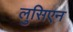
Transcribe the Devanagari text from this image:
लुसिएन